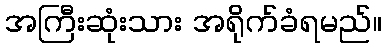
အကြီးဆုံးသား အရိုက်ခံရမည်။